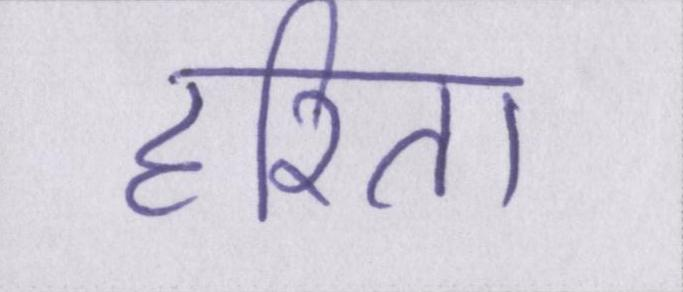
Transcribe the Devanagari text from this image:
हरिता